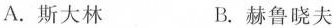
A. 斯大林 B. 赫鲁晓夫